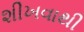
શીખવાથી